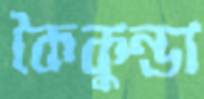
কৈকুন্ডা